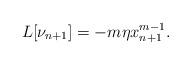
LaTeX: \begin{align*}L[\nu_{n+1}]=-m\eta x_{n+1}^{m-1}.\end{align*}